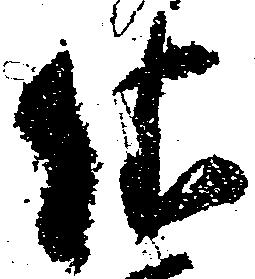
依